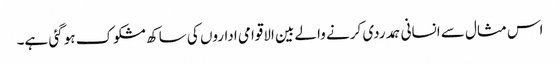
اس مثال سے انسانی ہمدردی کرنے والے بین الاقوامی اداروں کی ساکھ مشکوک ہو گئی ہے۔